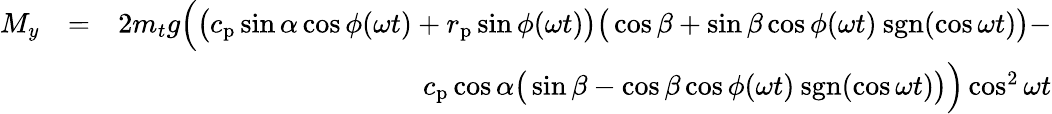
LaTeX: \begin{array}{rlr}{M_{y}}&{=}&{2m_{t}g\Big(\big(c_{\mathrm{p}}\sin\alpha\cos\phi(\omega t)+r_{\mathrm{p}}\sin\phi(\omega t)\big)\big(\cos\beta+\sin\beta\cos\phi(\omega t)\: \mathrm{sgn}(\cos\omega t)\big)-}\\ &{}&{c_{\mathrm{p}}\cos\alpha\big(\sin\beta-\cos\beta\cos\phi(\omega t)\: \mathrm{sgn}(\cos\omega t)\big)\Big)\cos^{2}\omega t}\end{array}